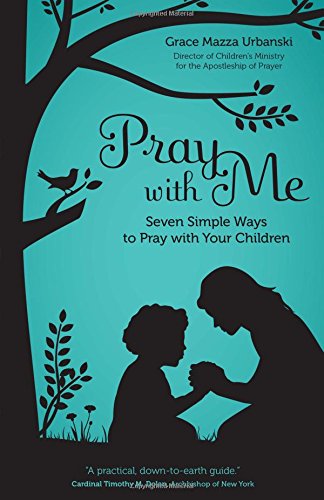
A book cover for Pray with Me: Seven Simple Ways to Pray with Your Children; Grace Mazza Urbanski; Religion & Spirituality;